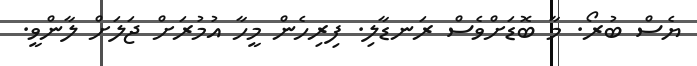
ޔެސް ބުރޯ. މާ ބޮޑަށްވެސް ރަނޑާލި. ފިރިހެން މީހާ އުމުރަށް ޖަލަށް ލާންވީ.